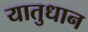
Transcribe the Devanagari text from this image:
यातुधान